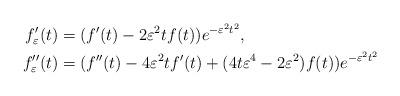
LaTeX: \begin{align*} f_\varepsilon'(t) &= (f'(t)-2\varepsilon^2tf(t))e^{-\varepsilon^2t^2},\\ f_{\varepsilon}''(t) &= (f''(t)-4\varepsilon^2tf'(t)+(4t\varepsilon^4-2\varepsilon^2)f(t))e^{-\varepsilon^2t^2} \end{align*}